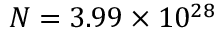
N = 3 . 9 9 \times 1 0 ^ { 2 8 }